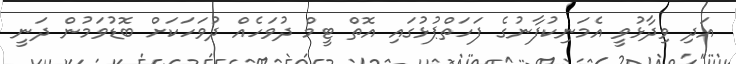
އަދި ވިދާޅުވީ އެމަނިކުފާނުގެ ފަހަތްޕުޅުގައި އޮތް ޓީމް ދުވަހެއް ދުވަހަކަށް ބޮޑުވަމުން ދަނީ